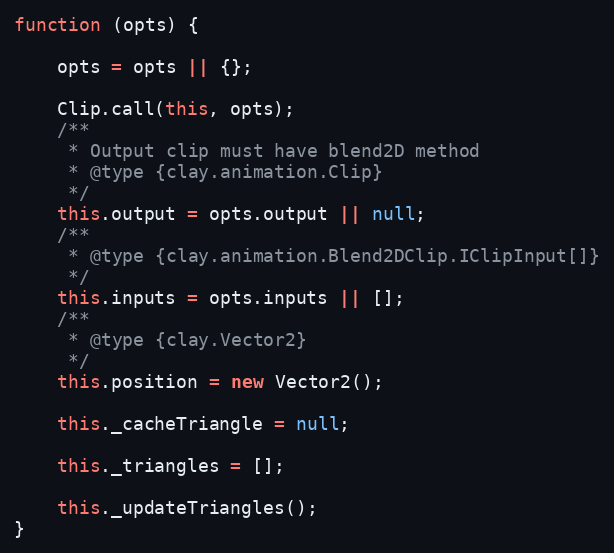
Language: JavaScript
function (opts) {

    opts = opts || {};

    Clip.call(this, opts);
    /**
     * Output clip must have blend2D method
     * @type {clay.animation.Clip}
     */
    this.output = opts.output || null;
    /**
     * @type {clay.animation.Blend2DClip.IClipInput[]}
     */
    this.inputs = opts.inputs || [];
    /**
     * @type {clay.Vector2}
     */
    this.position = new Vector2();

    this._cacheTriangle = null;

    this._triangles = [];

    this._updateTriangles();
}